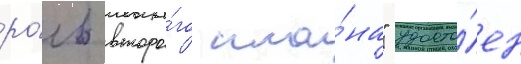
ро́ль второ́го пла́на" удосто́ен